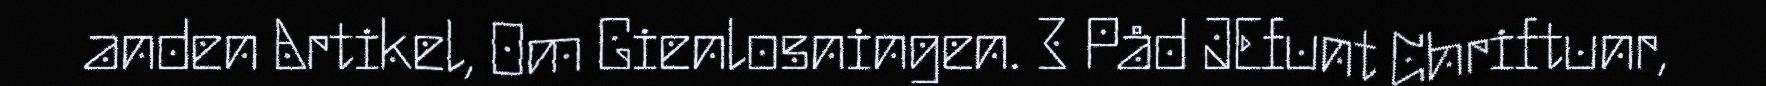
anden Artikel, Om Gienlosningen. 3 Påd JEfunt Chriftunr,